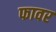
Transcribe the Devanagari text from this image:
फावर